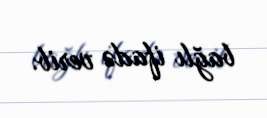
bağlı ifadə verib.